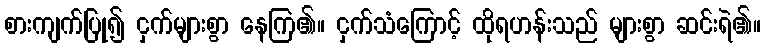
စားကျက်ပြု၍ ငှက်များစွာ နေကြ၏။ ငှက်သံကြောင့် ထိုရဟန်းသည် များစွာ ဆင်းရဲ၏။